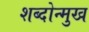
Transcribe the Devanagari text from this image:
शब्दोन्मुख